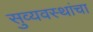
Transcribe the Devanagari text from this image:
सुव्यवस्थांचा